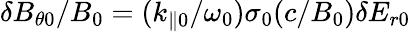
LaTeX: \delta B_{\theta 0}/B_{0}=(k_{\parallel 0}/\omega_{0})\sigma_{0}(c/B_{0})\delta E_{r0}